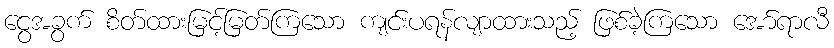
ငွေအခွက် စိတ်ထားမြင့်မြတ်ကြသော ကျင်းပရန်လျာထားသည့် ဖြစ်ခဲ့ကြသော အော်ရာလီ